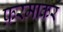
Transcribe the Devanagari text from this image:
फ़रमाकर